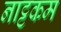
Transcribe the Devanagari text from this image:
नाट्टकम